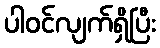
ပါဝင်လျက်ရှိပြီး